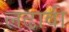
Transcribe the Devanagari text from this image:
लढावी